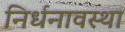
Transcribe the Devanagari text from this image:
निर्धनावस्था